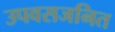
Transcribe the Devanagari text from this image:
उपवसजनित